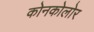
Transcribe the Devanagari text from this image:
कोनकोलोर